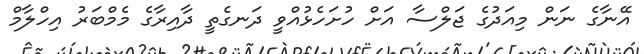
އޭނާގެ ނަން މިއަދުގެ ޖަލްސާ އަށް ހުށަހެޅުއްވީ ދަނގެތީ ދާއިރާގެ މެމްބަރު އިހްލާމް